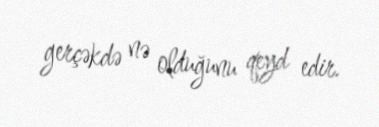
gerçəkdə nə olduğunu qeyd edir.